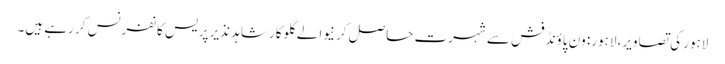
لاہور کی تصاویر، لاہور: ون پاؤنڈ فش سے شہرت حاصل کرنیوالے گلوکار شاہد نذیر پریس کانفرنس کر رہے ہیں۔